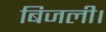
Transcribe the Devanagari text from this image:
बिजली।